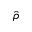
\hat { \rho }